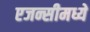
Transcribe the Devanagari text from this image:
एजन्सीमध्ये